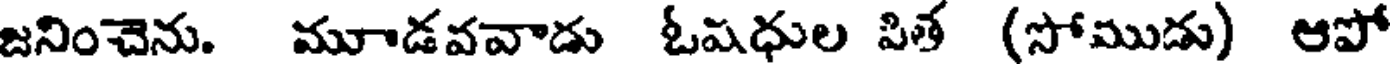
జనించెను. మూడవవాడు ఓషధుల పిత (సోముడు) ఆపో